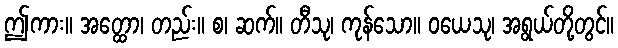
ဤကား။ အတ္ထော၊ တည်း။ စ၊ ဆက်။ တီသု၊ ကုန်သော။ ဝယေသု၊ အရွယ်တို့တွင်။